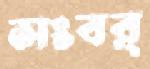
সংবর্